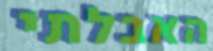
האבלתי